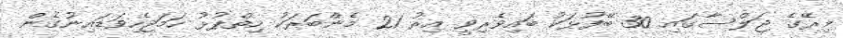
މިރޭގެ ޖަލްސާގައި 30 ބޭފުޅަކު ބައިވެރިވީ އިރު 21 މެންބަރަކު ހިތްޕުޅު ހަމަޖެހިވަޑައިނުގެން